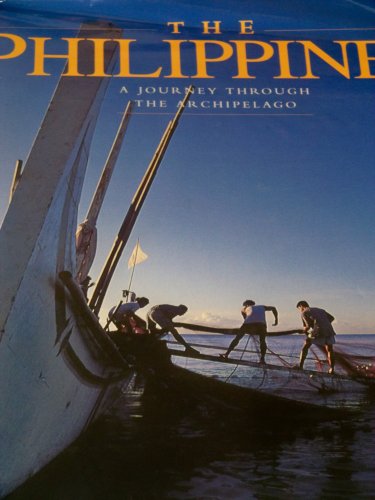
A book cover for Philippines : A Journey Through the Archipelago : Seven Days in the Philippines With 35 of the World's Finest Photographers : October 8th-14th, 1995; Jonathan Best; Travel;